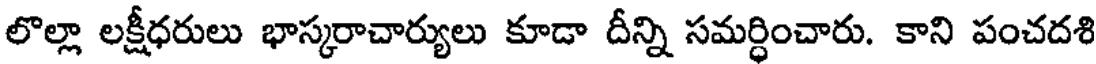
లొల్లా లక్షీధరులు భాస్కరాచార్యులు కూడా దీన్ని సమర్ధించారు. కాని పంచదశి